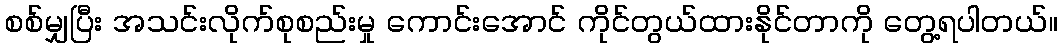
စစ်မျှပြီး အသင်းလိုက်စုစည်းမှု ကောင်းအောင် ကိုင်တွယ်ထားနိုင်တာကို တွေ့ရပါတယ်။